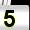
Digit: 5